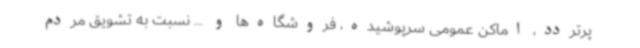
پرتردد، اماکن عمومی سرپوشیده، فروشگاه‌ها و ... نسبت به تشویق مردم